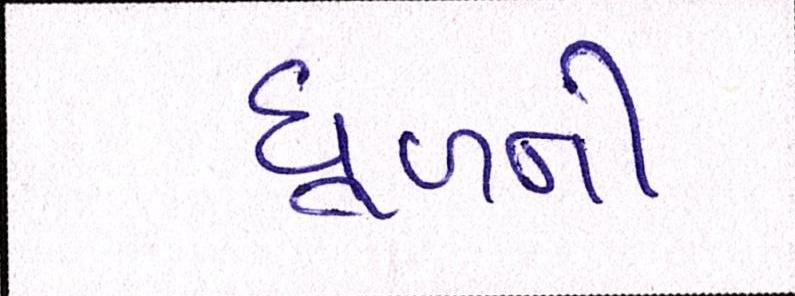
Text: ધૂળની